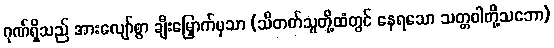
ဂုဏ်ရှိသည် အားလျော်စွာ ချီးမြှောက်မှသာ (သိတတ်သူတို့ထံတွင် နေရသော သတ္တဝါတို့သဘော)